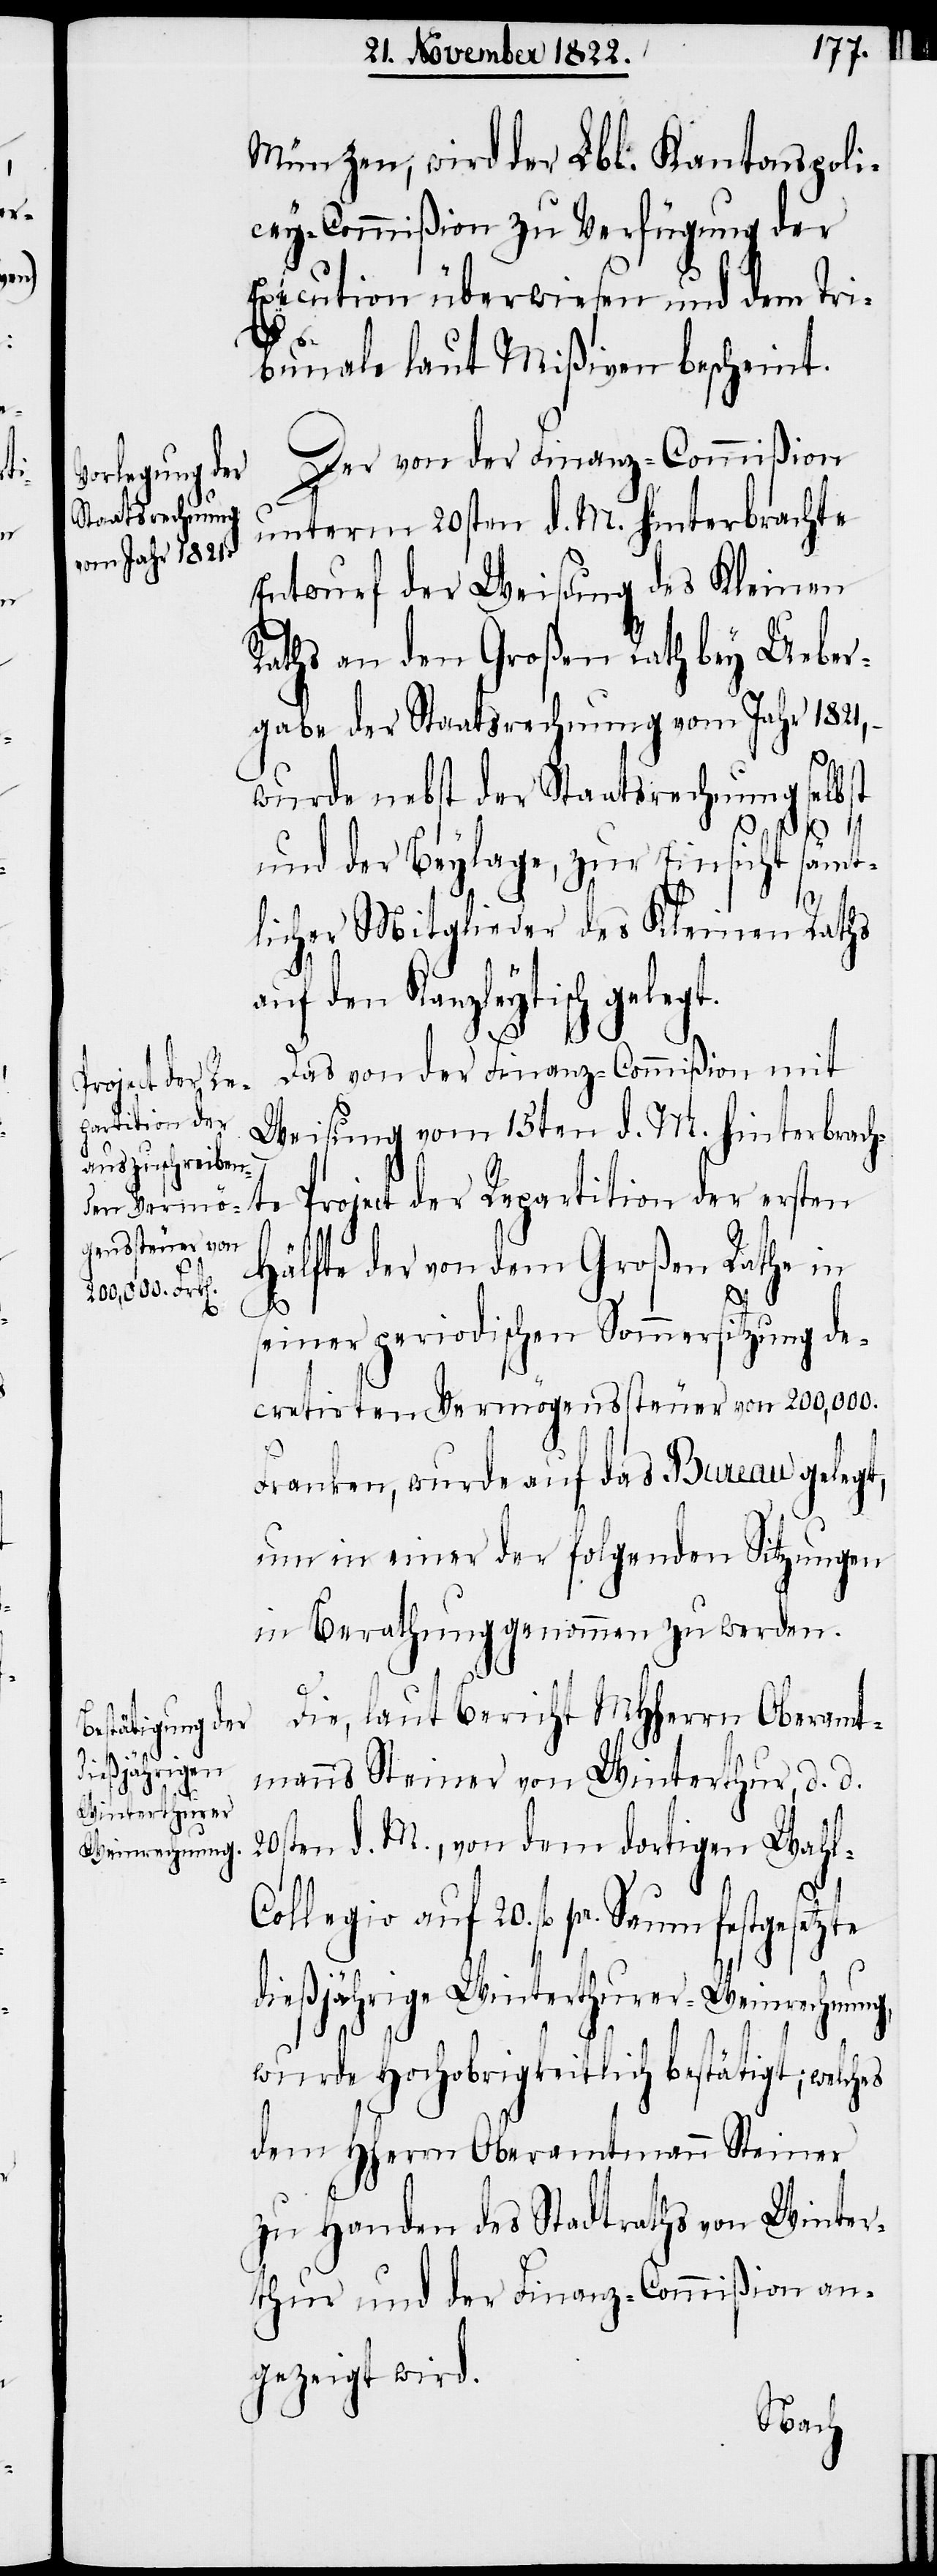
dem

Münzen, wird der Lbl. Kantonspoli¬
cey-Commißion zu Verfügung der
Execution überwiesen und dem Tri¬
bunale laut Mißiven bescheint.
Der von der Finanz-Commißion
unterm 20sten d. M. hinterbrachte
Entwurf der Weisung des Kleinen
Raths an den Großen Rath bey Ueber¬
gabe der Staatsrechnung vom Jahr 1821,
wurde nebst der Staatsrechnung selbst
und der Beylage, zur Einsicht sämt¬
licher Mitglieder des Kleinen Raths
auf den Kanzleytisch gelegt.
Das von der Finanz-Commißion mit
Steiner
Weisung vom 15ten d. M. hinterbrachte
Project der Repartition der ersten
Hälfte der von dem Großen Rathe in
s¬
einer periodischen Sommersitzung de¬
cretirten Vermögenssteuer von 200,000.
Franken, wurde auf das Bureau gelegt,
um in einer der folgenden Sitzungen
in Berathung genommen zu werden.
Die, laut Bericht MHHerrn Oberamt¬
manns Steiner von Winterthur, d. d.
20sten d. M., von dem dortigen Wahl
Collegio auf 20. fl. pr. Saum festg¬
dießjährige Winterthurer-Weinrechnung,
wurde Hochobrigkeitlich bestätigt; welches
zu Handen des Stadtraths von Winter¬
thur und der Finanz-Commißion an¬
gezeigt wird.